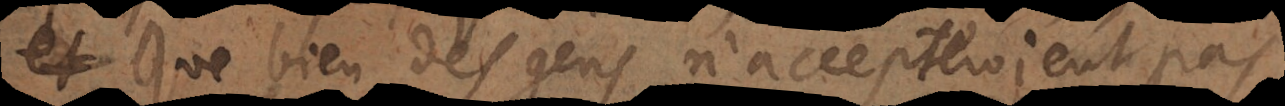
et que bien des gens n’accepteroient pas